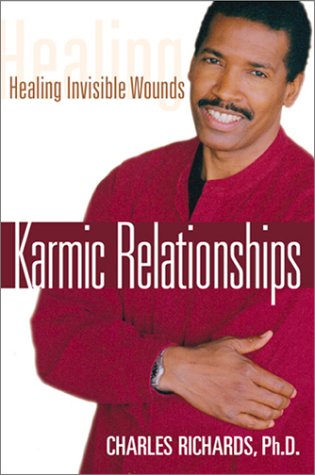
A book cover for Karmic Relationships; Charles Richards; Religion & Spirituality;